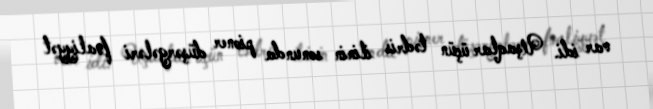
var idi. Uşaqlar üçün tədris ilinin sonunda pioner düşərgələri fəaliyyət